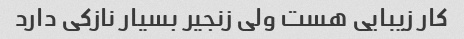
کار زیبایی هست ولی زنجیر بسیار نازکی دارد